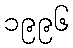
၁၉၉၆